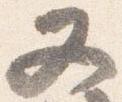
又